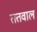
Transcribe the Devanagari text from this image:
ततवाल